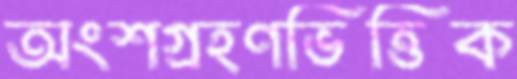
অংশগ্রহণভিত্তিক